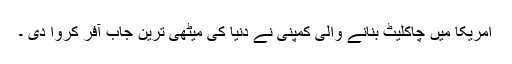
امریکا میں چاکلیٹ بنانے والی کمپنی نے دنیا کی میٹھی ترین جاب آفر کروا دی ۔